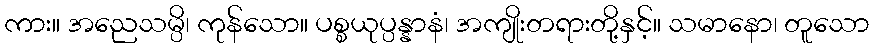
ကား။ အညေသမ္ပိ၊ ကုန်သော။ ပစ္စယုပ္ပန္နာနံ၊ အကျိုးတရားတို့နှင့်။ သမာနော၊ တူသော